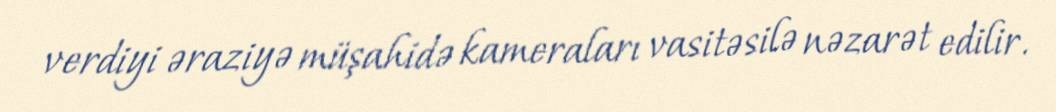
verdiyi əraziyə müşahidə kameraları vasitəsilə nəzarət edilir.